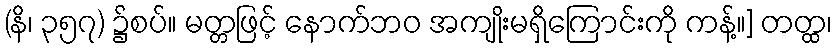
(နိ၊ ၃၅၇) ၌စပ်။ မတ္တဖြင့် နောက်ဘဝ အကျိုးမရှိကြောင်းကို ကန့်။] တတ္ထ၊